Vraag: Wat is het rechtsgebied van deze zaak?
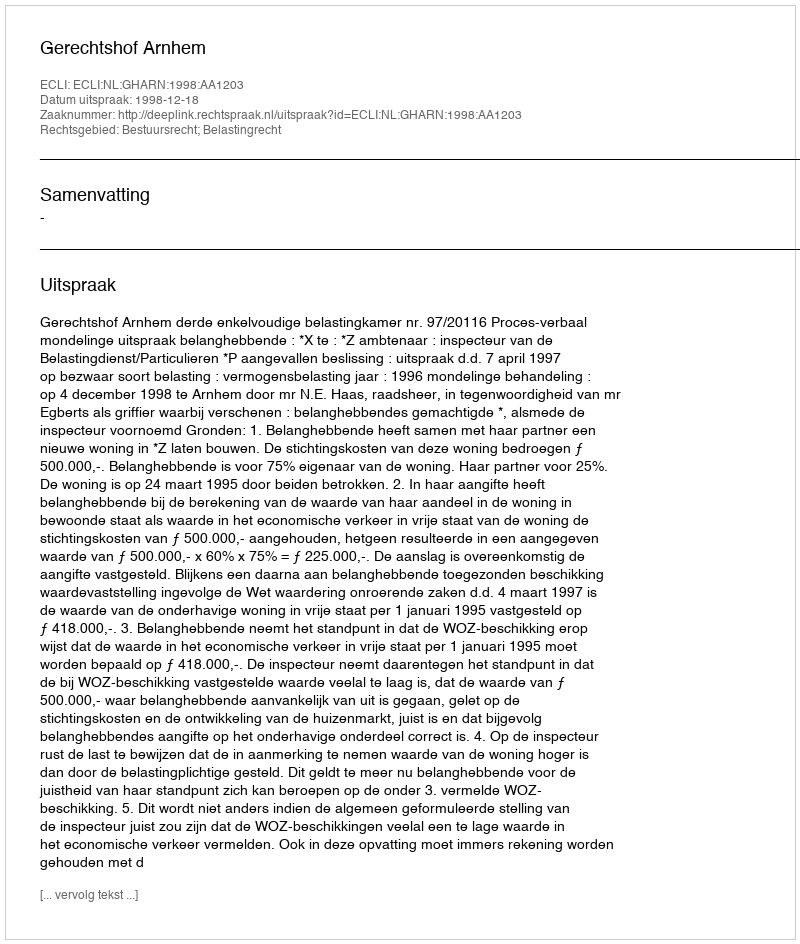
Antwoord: Bestuursrecht; Belastingrecht